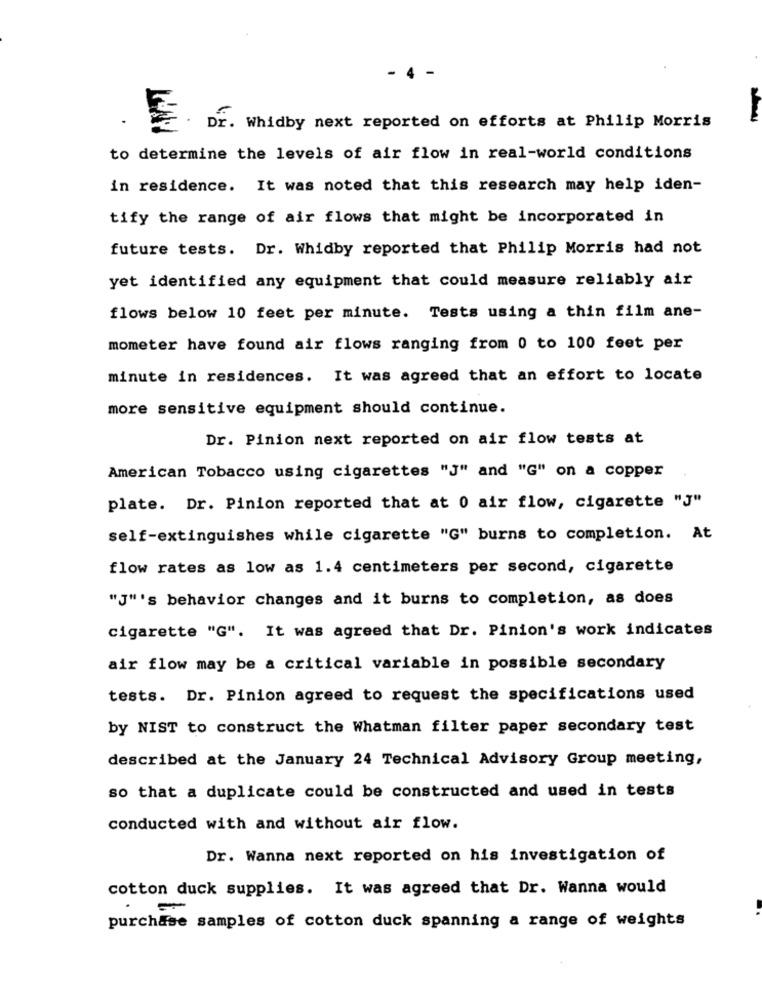
- 4 -
Dr. Whidby next reported on efforts at Philip Morris
to determine the levels of air flow in real-world conditions
in residence. It was noted that this research may help iden-
tify the range of air flows that might be incorporated in
future tests. Dr. Whidby reported that Philip Morris had not
yet identified any equipment that could measure reliably air
flows below 10 feet per minute. Tests using a thin film ane-
mometer have found air flows ranging from 0 to 100 feet per
minute in residences. It was agreed that an effort to locate
more sensitive equipment should continue.
Dr. Pinion next reported on air flow tests at
American Tobacco using cigarettes "J" and "G" on a copper
plate. Dr. Pinion reported that at 0 air flow, cigarette "J"
self-extinguishes while cigarette "G" burns to completion. At
flow rates as low as 1.4 centimeters per second, cigarette
"J"'s behavior changes and it burns to completion, as does
cigarette "G". It was agreed that Dr. Pinion's work indicates
air flow may be a critical variable in possible secondary
tests. Dr. Pinion agreed to request the specifications used
by NIST to construct the Whatman filter paper secondary test
described at the January 24 Technical Advisory Group meeting,
so that a duplicate could be constructed and used in tests
conducted with and without air flow.
Dr. Wanna next reported on his investigation of
cotton duck supplies. It was agreed that Dr. Wanna would
-
purchase samples of cotton duck spanning a range of weights